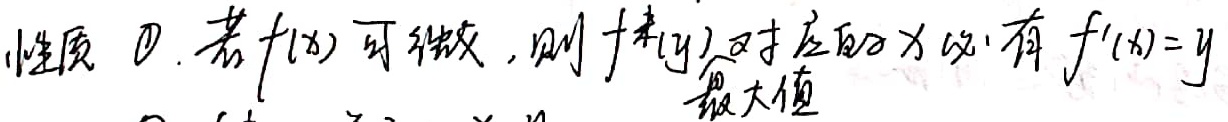
性质 \textcircled{1}. 若\(f(x)\)可微，则 \(f^*(y)\)对应的\(x\)必有 \(f'(x)=y\)